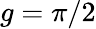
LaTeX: g=\pi/2